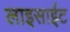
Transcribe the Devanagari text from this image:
लाइसाईट